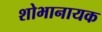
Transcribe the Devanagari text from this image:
शोभानायक